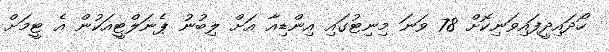
ހޯދައިދީފައިވަނިކޮށް 78 ވަނަ މިނިޓުގައި އިންޑިއާ އަށް ލިބުނު ޕެނަލްޓީއަކުން އެ ޓީމަށް